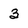
Character: 3